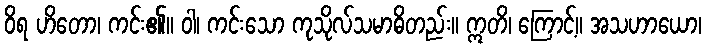
ဝိရ ဟိတော၊ ကင်း၏။ ဝါ၊ ကင်းသော ကုသိုလ်သမာဓိတည်း။ ဣတိ၊ ကြောင့်။ အသဟာယော၊